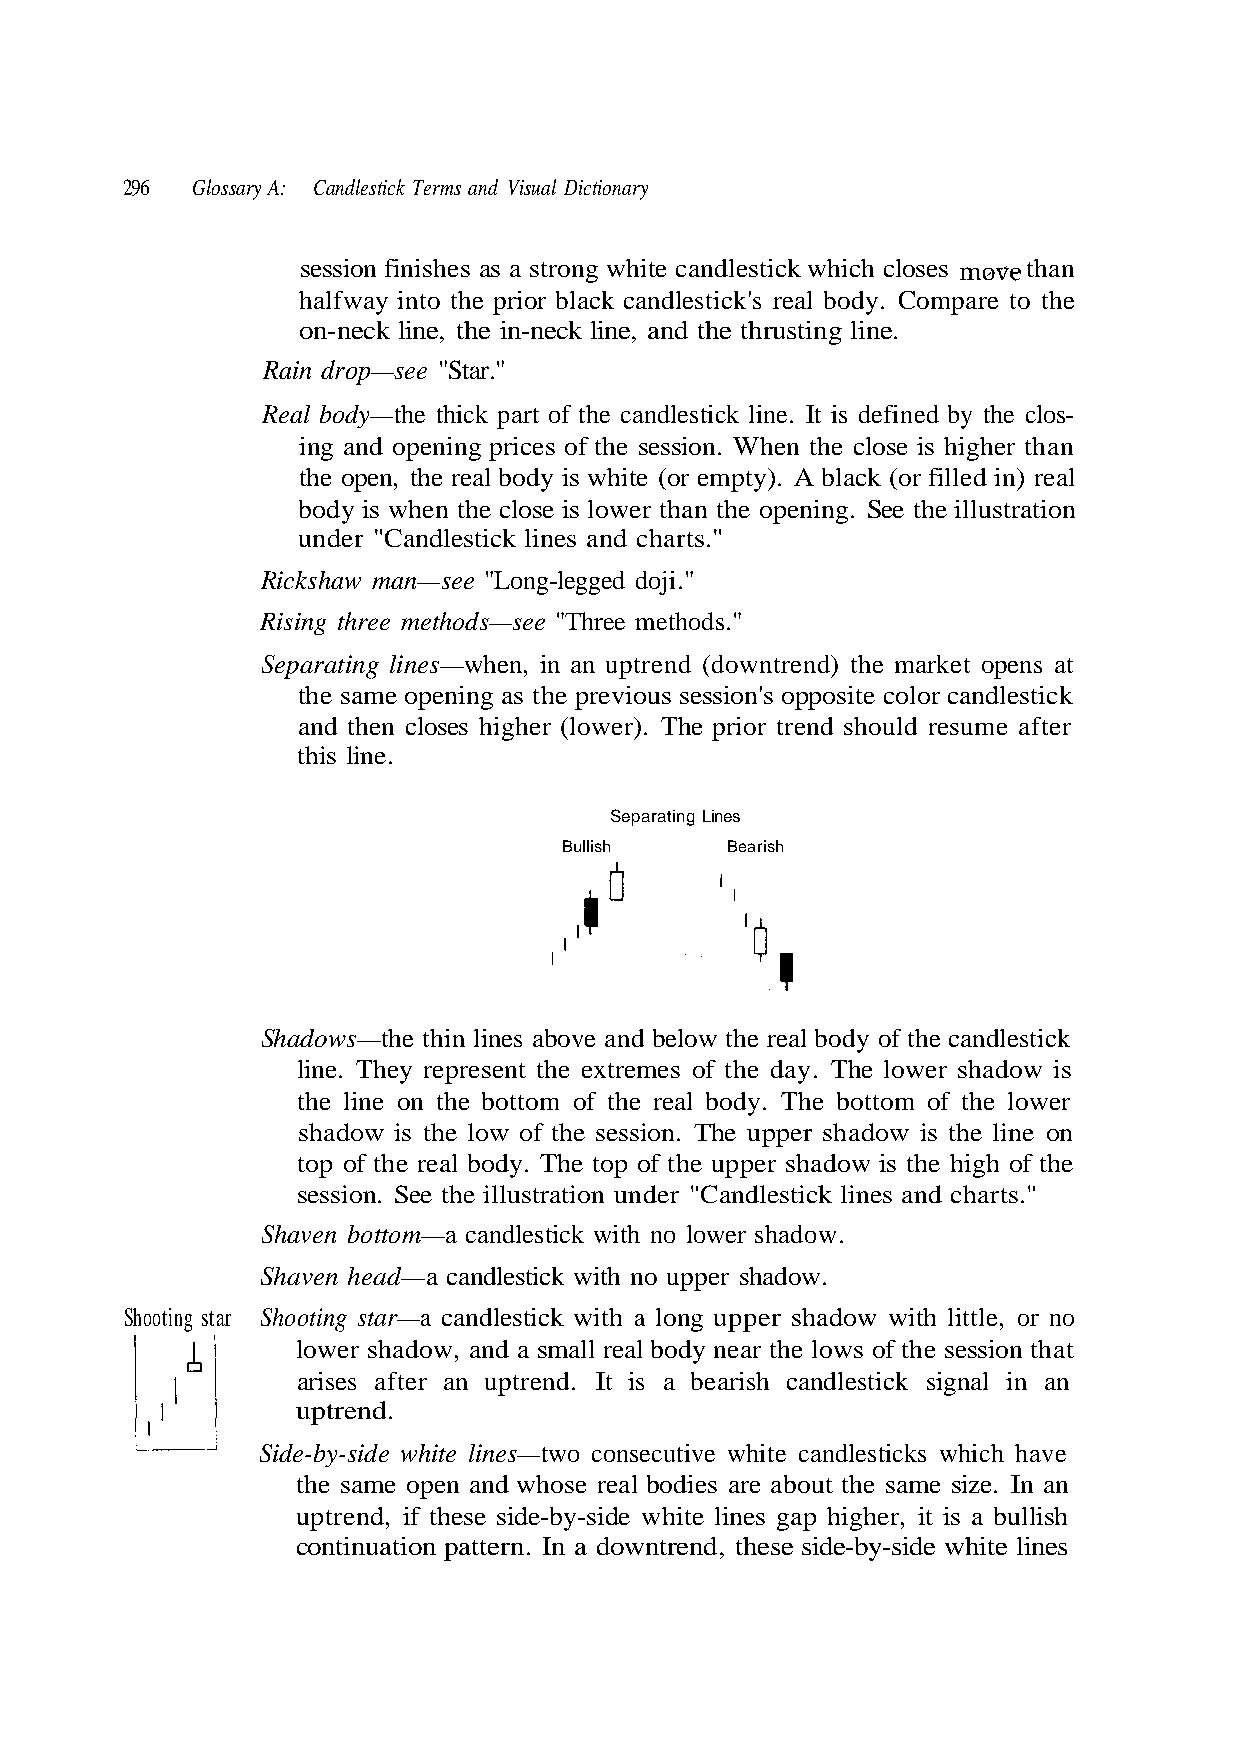
296  Glossary A: Candlestick Terms and Visual Dictionary
 rnove
 on-neck line, the in-neck line, and the thrusting line.
 Rain drop—see "Star."
 Real body—the thick part of the candlestick line. It is defined by the clos-
 the open, the real body is white (or empty). A black (or filled in) real
 Rickshaw man—see "Long-legged doji."
 Rising three methods—see "Three methods."
 Separating lines—when, in an uptrend (downtrend) the market opens at
 this line.
 Shadows—the thin lines above and below the real body of the candlestick
 line. They represent the extremes of the day. The lower shadow is
 the line on the bottom of the real body. The bottom of the lower
 session. See the illustration under "Candlestick lines and charts."
 Shooting star Shooting star—a candlestick with a long upper shadow with little, or no
 arises after an uptrend. It is a bearish candlestick signal in an
 uptrend.
 uptrend, if these side-by-side white lines gap higher, it is a bullish
 n o i t a r t s u l l i e h t e e S
 n a
 . g
 n
 n
 I
 i
 .
 n
 e z
 e
 k
 i
 c
 s
 p o
 sti
 e
 e
 m
 l
 e
 d
 a
 n
 s
 h
 a
 t
 c
 e
 r
 h
 n
 o
 t
 closes than
 tha
 te col
 on that
 bout
 hich
 wer
 pposi
 ow.
 e sessi
 are a
 w
 o
 d
 h
 a
 t
 k
 o
 s
 h
 f
 s
 ndlestic
 e is l
 session'
 upper s
 he lows o
 ch have
 l bodie
 session finishes as a strong white ca
 halfway into the prior black candlestick's real body. Compare to the
 ing and opening prices of the session. When the close is higher than
 body is when the clos
 under "Candlestick lines and charts."
 the same opening as the previous
 and then closes higher (lower). The prior trend should resume after
 rish
 shadow is the low of the session. The upper shadow is the line on
 top of the real body. The top of the upper shadow is the high of the
 Shaven bottom—a candlestick with no lower shadow.
 Shaven head—a candlestick with no
 lower shadow, and a small real body near t
 Side-by-side white lines—two consecutive white candlesticks whi
 the same open and whose rea
 continuation pattern. In a downtrend, these side-by-side white lines
 a e B        h s
 Lines
 ulli
 g
 B
 n ati ar p e S